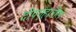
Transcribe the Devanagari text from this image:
दीपगृहातील